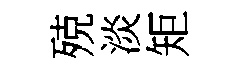
殑淡矩